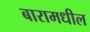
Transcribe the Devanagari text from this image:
बारामधील